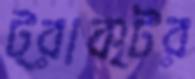
ট্রাক্টর